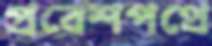
প্রবেশপথে